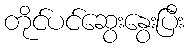
တိုင်ပင်ဆွေးနွေးပြီး